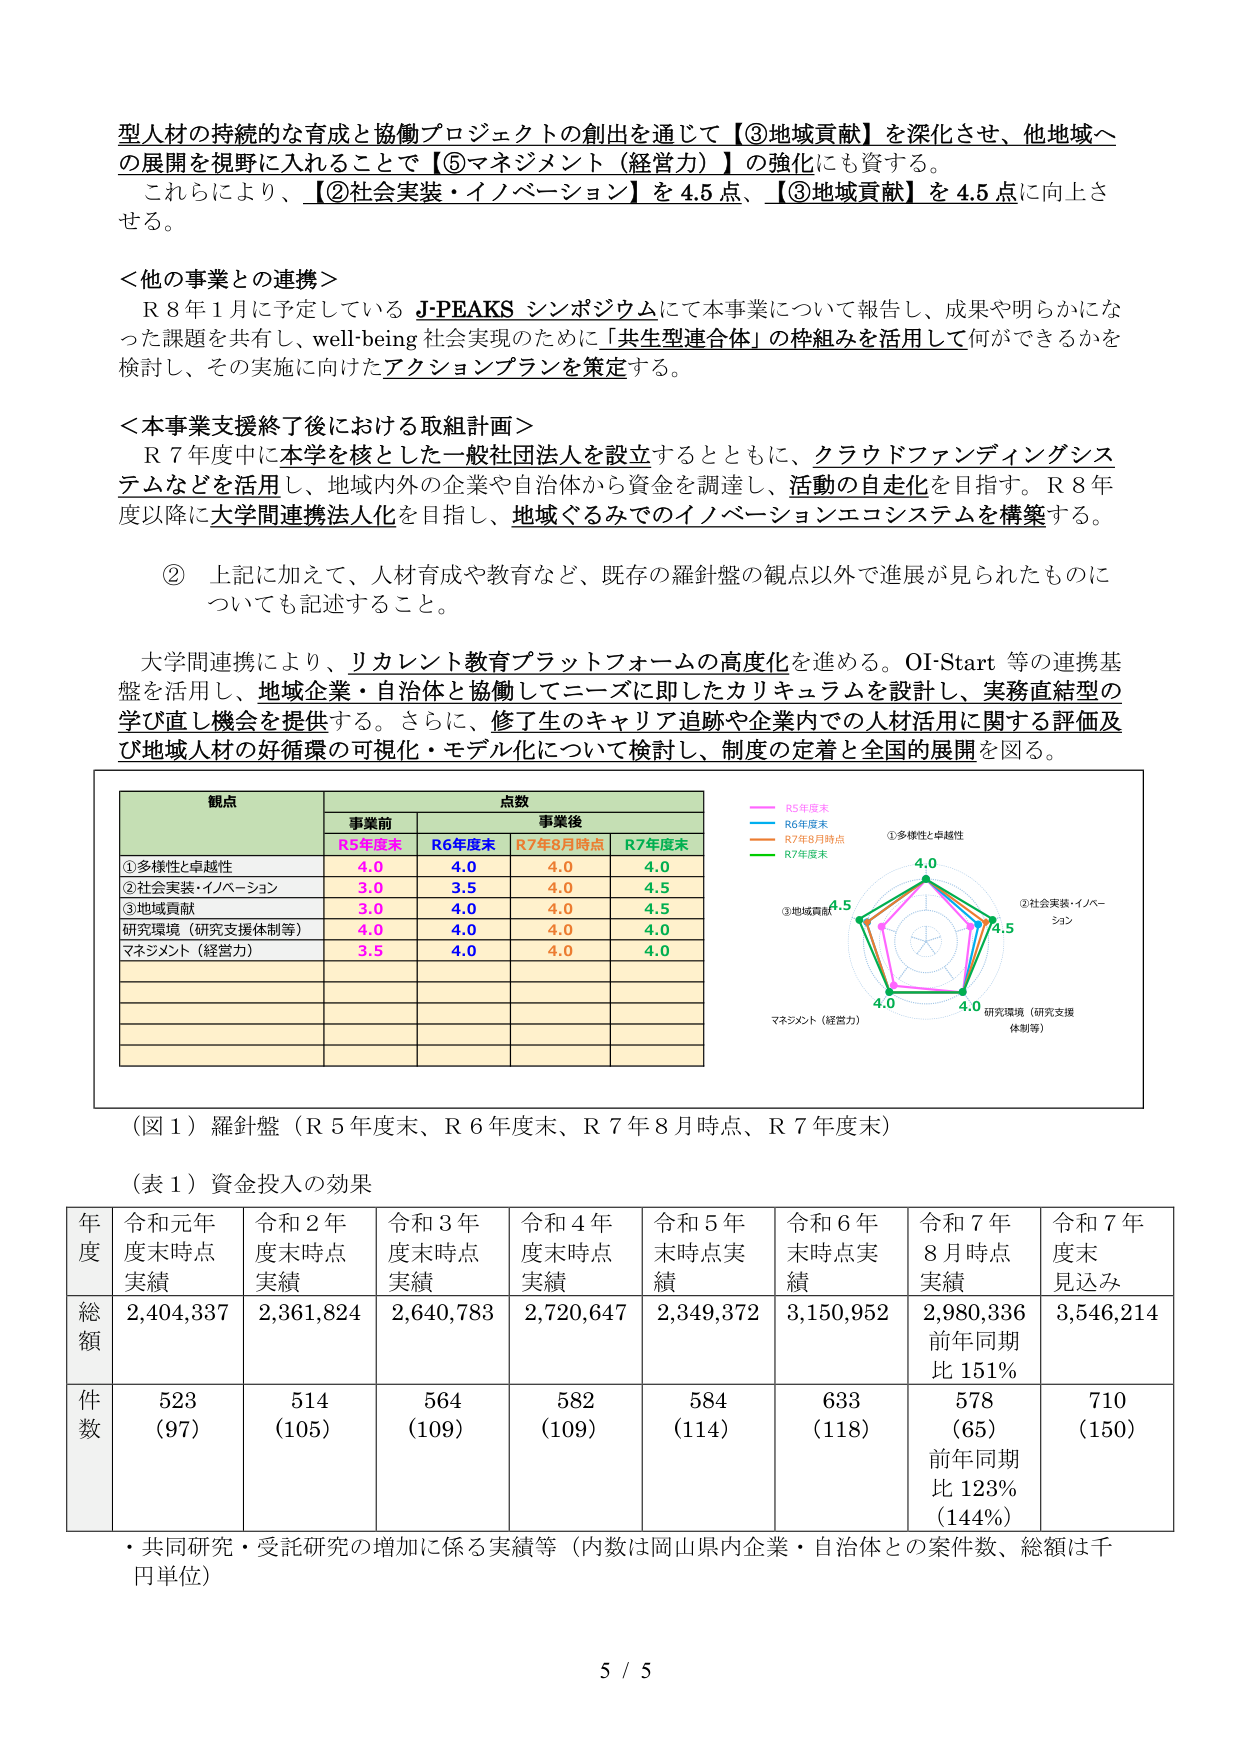
型人材の持続的な育成と協働プロジェクトの創出を通じて【③地域貢献】を深化させ、他地域への展開を視野に入れることで【⑤マネジメント（経営力）】の強化にも資する。
これにより、【②社会実装・イノベーション】を4.5点、【③地域貢献】を4.5点に向上させる。

＜他の事業との連携＞
R8年1月に予定しているJ-PEAKSシンポジウムにて本事業について報告し、成果や明らかになった課題を共有し、well-being社会実現のために「共生型連合体」の枠組みを活用して何ができるかを検討し、その実施に向けたアクションプランを策定する。

＜本事業支援終了後における取組計画＞
R7年度中に本学を核とした一般社団法人を設立するとともに、クラウドファンディングシステムなどを活用し、地域内外の企業や自治体から資金を調達し、活動の自走化を目指す。R8年度以降に大学間連携法人化を目指し、地域ぐるみでのイノベーションエコシステムを構築する。

② 上記に加えて、人材育成や教育など、既存の羅針盤の観点以外で進展が見られたものについても記述すること。

大学間連携により、リカレント教育プラットフォームの高度化を進める。OI-Start等の連携基盤を活用し、地域企業・自治体と協働してニーズに即したカリキュラムを設計し、実務直結型の学び直し機会を提供する。さらに、修了生のキャリア追跡や企業内での人材活用に関する評価及び地域人材の好循環の可視化・モデル化について検討し、制度の定着と全国的展開を図る。

（図1）羅針盤（R5年度末、R6年度末、R7年8月時点、R7年度末）

観点　　点数
　　　　事業前　　　事業後
　　　　R5年度末　R6年度末　R7年8月時点　R7年度末
①多様性と卓越性　4.0　　4.0　　4.0　　4.0
②社会実装・イノベーション　3.0　　3.5　　4.0　　4.5
③地域貢献　3.0　　4.0　　4.0　　4.5
研究環境（研究支援体制等）　4.0　　4.0　　4.0　　4.0
マネジメント（経営力）　3.5　　4.0　　4.0　　4.0

（表1）資金投入の効果

年度　　令和元年度末時点実績　令和2年度末時点実績　令和3年度末時点実績　令和4年度末時点実績　令和5年度末時点実績　令和6年度末時点実績　令和7年8月時点実績　令和7年度末見込み
総額　　2,404,337　　　　　　2,361,824　　　　　　2,640,783　　　　　　2,720,647　　　　　　2,349,372　　　　　　3,150,952　　　　　　2,980,336　　　　　　3,546,214